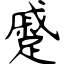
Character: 蹙